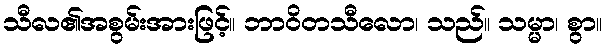
သီလ၏အစွမ်းအားဖြင့်။ ဘာဝိတသီလော၊ သည်။ သမ္မာ၊ စွာ။